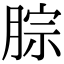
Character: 腙